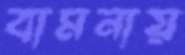
বামনায়